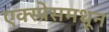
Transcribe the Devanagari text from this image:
एक्स्प्रेसमधून